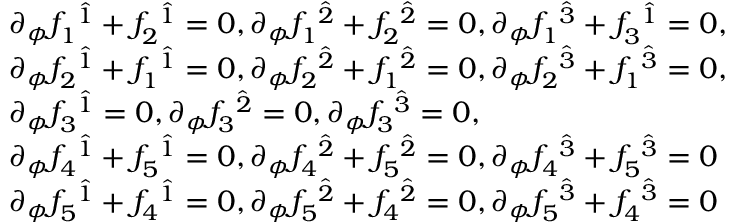
\begin{array} { r l } & { \begin{array} { r l } & { \partial _ { \phi } f _ { 1 } ^ { ~ \hat { 1 } } + f _ { 2 } ^ { ~ \hat { 1 } } = 0 , \partial _ { \phi } f _ { 1 } ^ { ~ \hat { 2 } } + f _ { 2 } ^ { ~ \hat { 2 } } = 0 , \partial _ { \phi } f _ { 1 } ^ { ~ \hat { 3 } } + f _ { 3 } ^ { ~ \hat { 1 } } = 0 , } \\ & { \partial _ { \phi } f _ { 2 } ^ { ~ \hat { 1 } } + f _ { 1 } ^ { ~ \hat { 1 } } = 0 , \partial _ { \phi } f _ { 2 } ^ { ~ \hat { 2 } } + f _ { 1 } ^ { ~ \hat { 2 } } = 0 , \partial _ { \phi } f _ { 2 } ^ { ~ \hat { 3 } } + f _ { 1 } ^ { ~ \hat { 3 } } = 0 , } \\ & { \partial _ { \phi } f _ { 3 } ^ { ~ \hat { 1 } } = 0 , \partial _ { \phi } f _ { 3 } ^ { ~ \hat { 2 } } = 0 , \partial _ { \phi } f _ { 3 } ^ { ~ \hat { 3 } } = 0 , } \\ & { \partial _ { \phi } f _ { 4 } ^ { ~ \hat { 1 } } + f _ { 5 } ^ { ~ \hat { 1 } } = 0 , \partial _ { \phi } f _ { 4 } ^ { ~ \hat { 2 } } + f _ { 5 } ^ { ~ \hat { 2 } } = 0 , \partial _ { \phi } f _ { 4 } ^ { ~ \hat { 3 } } + f _ { 5 } ^ { ~ \hat { 3 } } = 0 } \\ & { \partial _ { \phi } f _ { 5 } ^ { ~ \hat { 1 } } + f _ { 4 } ^ { ~ \hat { 1 } } = 0 , \partial _ { \phi } f _ { 5 } ^ { ~ \hat { 2 } } + f _ { 4 } ^ { ~ \hat { 2 } } = 0 , \partial _ { \phi } f _ { 5 } ^ { ~ \hat { 3 } } + f _ { 4 } ^ { ~ \hat { 3 } } = 0 } \end{array} } \end{array}